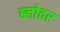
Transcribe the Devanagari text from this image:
ब्लोवर